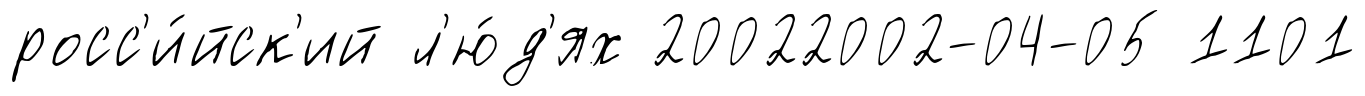
росс'и́йск'ий л'ю́д'ях 20022002-04-05 1101